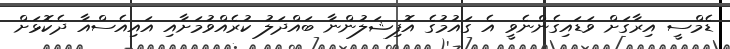
ޑެމްސީ އިރާގަށް ވަޑައިގެންނެވީ އެ ގައުމުގެ އޮފިޝަލުންނާ ބައްދަލު ކުރެއްވުމަށާއި އައިއެސްއާ ދެކޮޅަށް